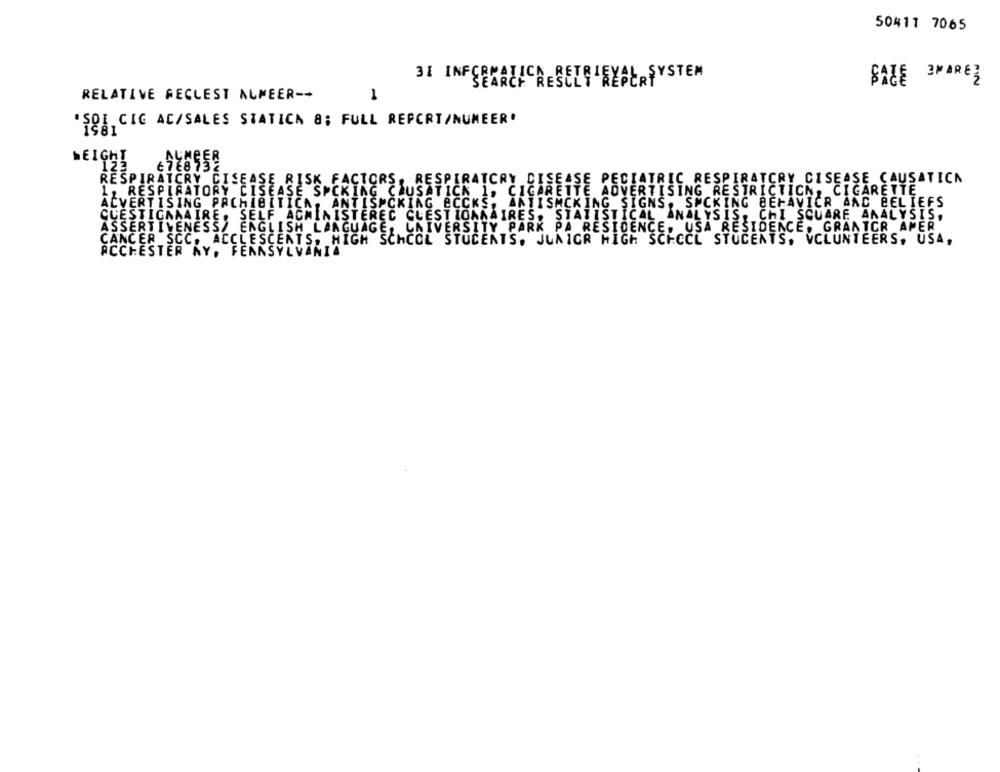
50411 7065
31 INFORMATICHESEIT REPERSYSTEM
SALE 3WAREZ
RELATIVE FECLEST ALMEER --
1
SOU, CIC AC/SALES STATICA 8; FULL REPORT/NUMEER'
WEIGHT
MEER
123
6768 3
RESPIRATORY DISEASE RISK FACTORS, RESPIRATORY DISEASE PEDIATRIC RESPIRATORY CISEASE CAUSATICA
1, RESPIRATORY CISEASE SPCKING CAUSATICN 1, CIGARETTE ADVERTISING RESTRICTION, CIGARETTE
ACVERTISING PACHIBITICA, ANTIS CKING BCCKS, ANTISMCKING SIGNS, SMCKING BEHAVICR AND BELIEFS
QUESTIGAAAIRE. SELF ACMINISTEREC CLESTIOAMAIRES. STATISTICAL ANALYSIS. CHI SQUARE ANALYSIS,
STATISTICAL ANALYSIS, CHI SQUARE ANALYSIS,
ASSERTIVENESS/ ENGLISH LANGUAGE, UNIVERSITY PARK PA RESIDENCE. USA RESIDENCE. GRANTCR AMER
CANCER SCC. ACCLESCENTS, HIGH SCHOOL STUDENTS. JUNIGR HIGH SCHOOL STUDENTS, VOLUNTEERS, USA,
ACCHESTER NY. FENNSYLVANIA